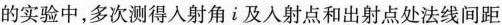
的实验中，多次测得入射角i及入射点和出射点处法线间距